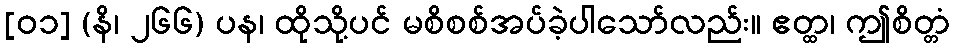
[၀၁] (နိ၊ ၂၆၆) ပန၊ ထိုသို့ပင် မစိစစ်အပ်ခဲ့ပါသော်လည်း။ ဧတ္ထ၊ ဤစိတ္တံ